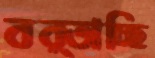
বর্তাচ্ছি